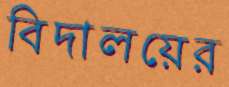
বিদালয়ের